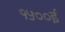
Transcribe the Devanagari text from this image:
१५००ई